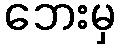
ဘေးမှ